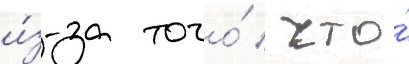
и́з-за того́ / что́